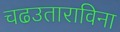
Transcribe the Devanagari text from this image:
चढउताराविना